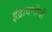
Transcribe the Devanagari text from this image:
इंद्रायणीची